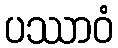
ပဿာဝံ